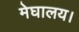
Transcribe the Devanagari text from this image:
मेघालय।